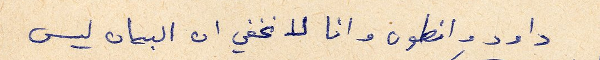
داود وانطون وانا لا نخفي ان البيان ليس